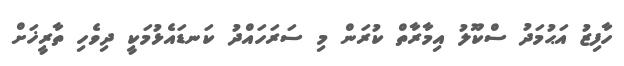
ހާފިޒު އަޙުމަދު ސްކޫލު އިމާރާތް ކުރަން މި ސަރަހައްދު ކަނޑައެޅުމަކީ ދިވެހި ތާރީޚަށް